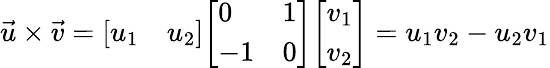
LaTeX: {\vec{u}}\times{\vec{v}}={\left[\begin{array}{ll}{u_{1}}&{u_{2}}\end{array}\right]}{\left[\begin{array}{ll}{0}&{1}\\ {-1}&{0}\end{array}\right]}{\left[\begin{array}{l}{v_{1}}\\ {v_{2}}\end{array}\right]}=u_{1}v_{2}-u_{2}v_{1}